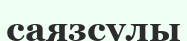
саязсулы